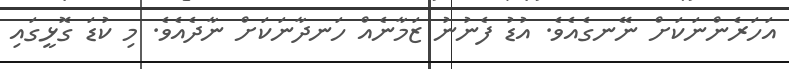
އަހަރެންނަކަށް ނޭނގެއެވެ. އުޑު ފެނުނު ޒަމާނެއް ހަނދާނަކަށް ނާދެއެވެ. މި ކުޑަ ގޮޅީގައި